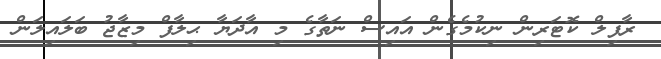
ރާފިލް ކޮޓަރިން ނިކުމެގެން އައިސް ނަތާގެ މި އާދަޔާ ޙިލާފް މިޒާޖު ބަލައިލަން